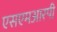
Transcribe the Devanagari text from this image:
एसएमआरपी